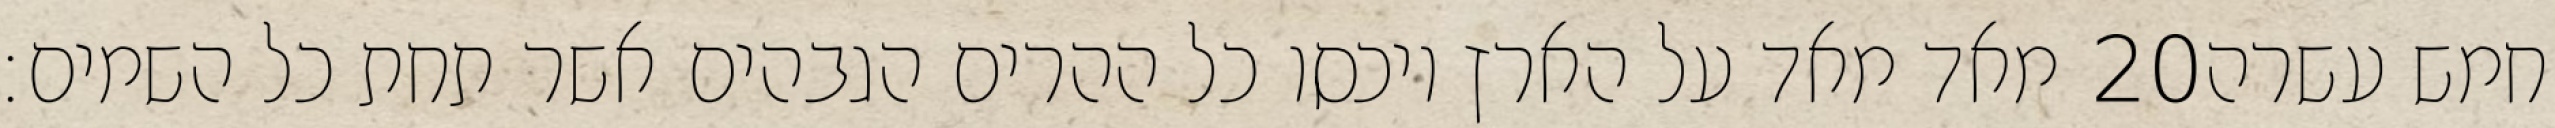
מאד מאד על הארץ ויכסו כל ההרים הגבהים אשר תחת כל השמים׃ ‎20‏ חמש עשרה